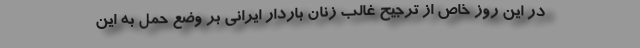
در این روز خاص از ترجیح غالب زنان باردار ایرانی بر وضع حمل به این